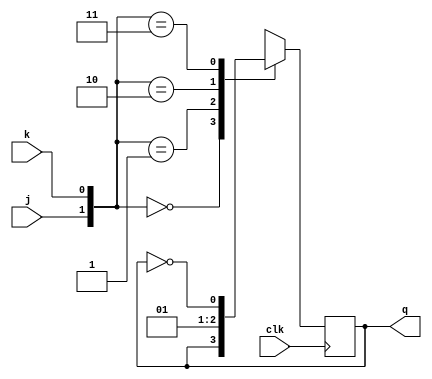
module jk_ff(input clk,j,k,output reg q=0);
always@(posedge clk)
begin
case({j,k})
2'b00:q<=q;
2'b01:q<=0;
2'b10:q<=1;
2'b11:q<=~q;
endcase
end
endmodule